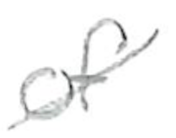
Text: of
Cross-out: diagonal
Writing tool: pencil